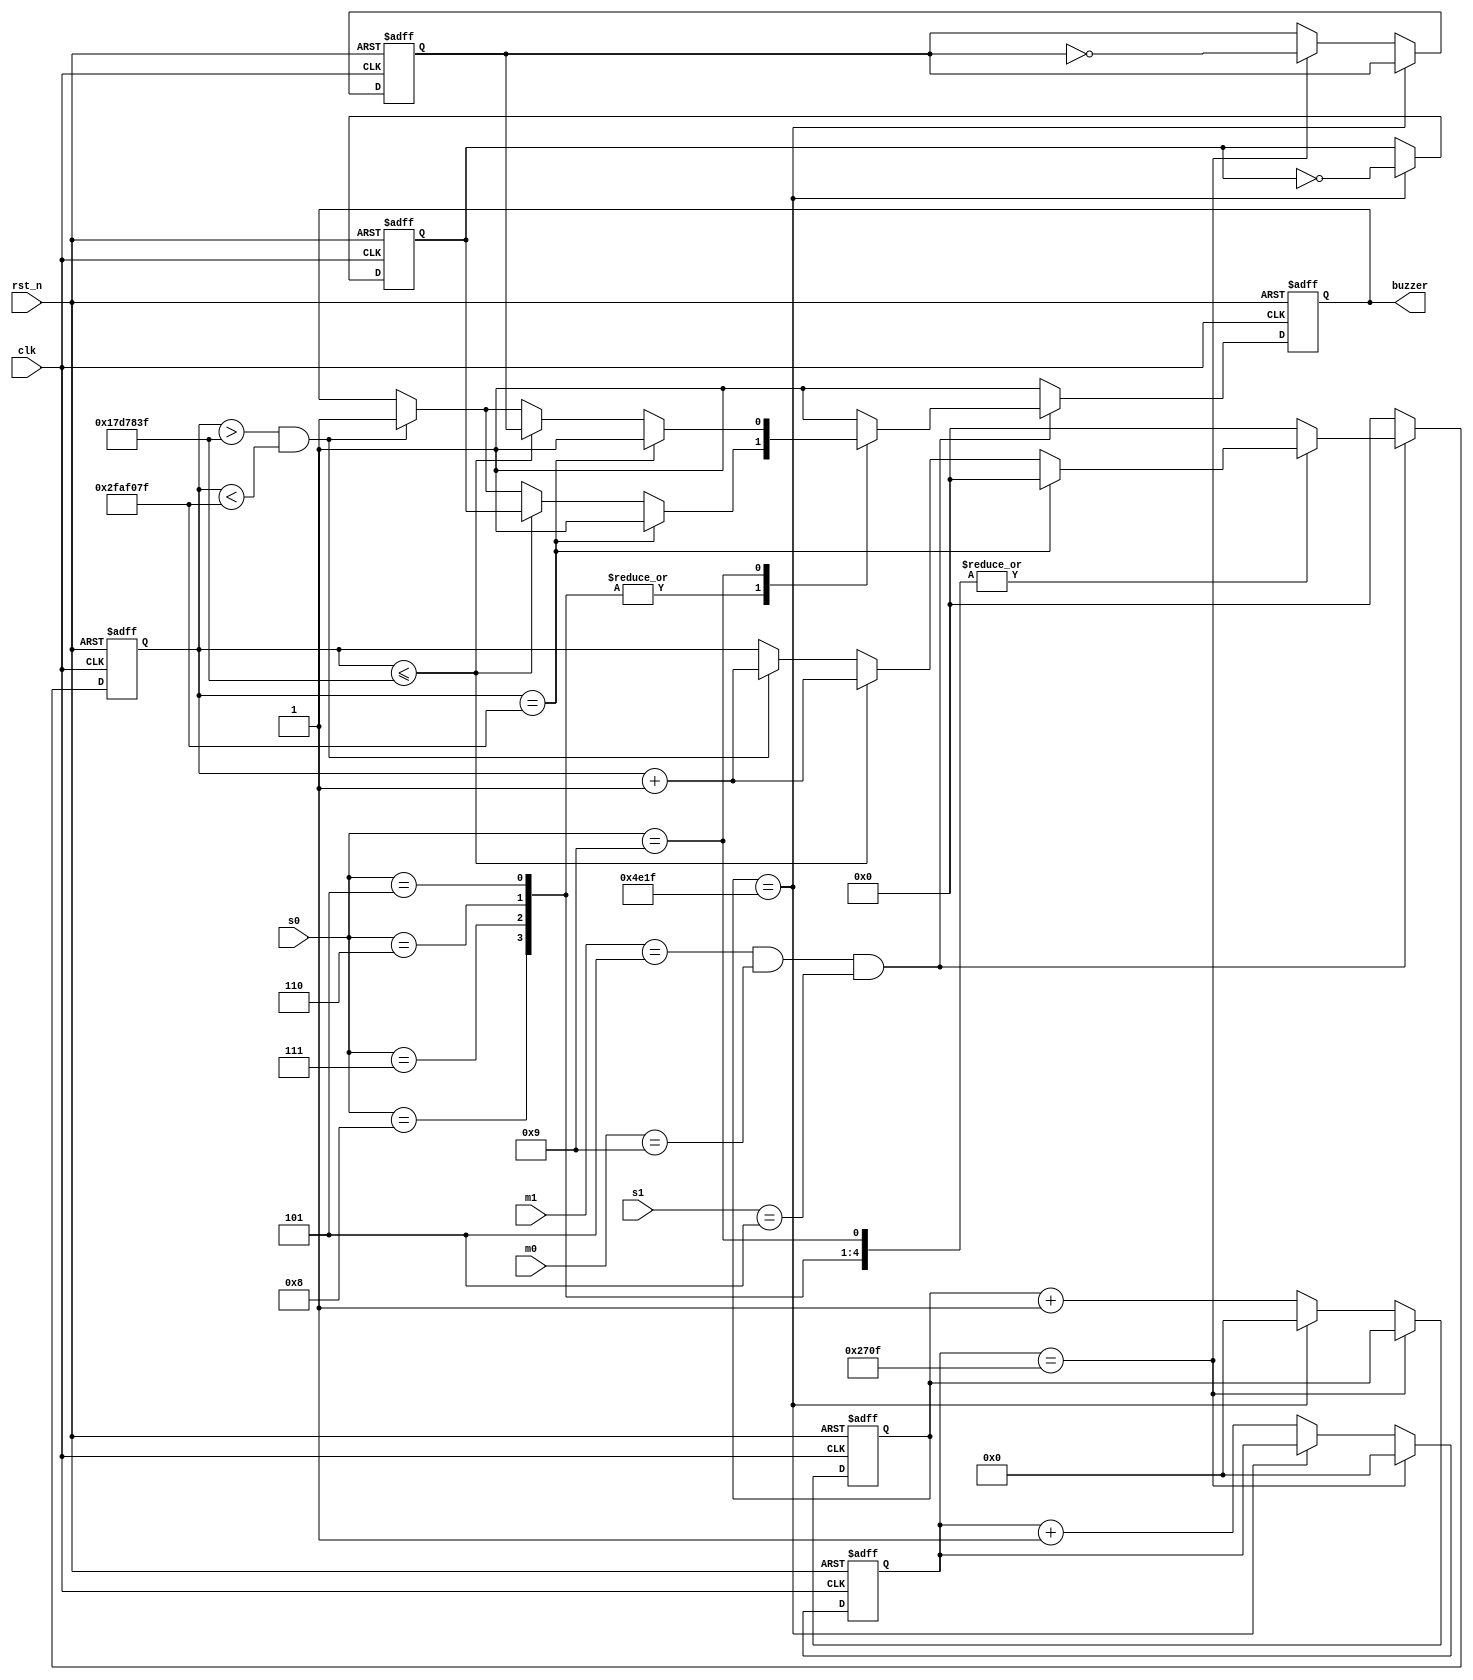
module buzzer_module(
	input clk,
	input rst_n,
	input[3:0] s0,
	input[3:0] s1,
	input[3:0] m0,
	input[3:0] m1,

	output reg buzzer
	);

reg[16:0] cnt_high;
reg[16:0] cnt_low;
reg low_voice;
reg high_voice;
reg[26:0] buzzer_time;

parameter	PERIOD_high = 9999,
			PERIOD_low = 1_9999;
always @(posedge clk or negedge rst_n) begin
	if (!rst_n) begin
		// reset
		cnt_high <= 17'd0;
		cnt_low <= 17'd0;
	end
	else if (cnt_high == PERIOD_high) 
		cnt_high <= 17'd0;
	else if (cnt_low == PERIOD_low) 
		cnt_low <= 17'd0;
	else begin
		cnt_high <= cnt_high + 1'b1;
		cnt_low <= cnt_low + 1'b1;
	end
end

always @(posedge clk or negedge rst_n) begin
	if (!rst_n) begin
		// reset
		high_voice <= 1'b0;
		low_voice <= 1'b0;
	end
	else if (cnt_low == PERIOD_low) 
		low_voice <= ~low_voice;
	else if (cnt_high == PERIOD_high) 
		high_voice <= ~high_voice;
	
	else ;
end

always @(posedge clk or negedge rst_n) begin
	if (!rst_n) begin
		// reset
		buzzer_time <= 27'd0;
		buzzer <= 1'b1;
	end
	else if (m1 == 4'd5 && m0 == 4'd9 && s1 == 4'd5) begin
		case(s0)
			5,6,7,8:begin
				if(buzzer_time == 27'd4999_9999)begin
					buzzer_time <= 27'd0;
					buzzer <= 1'b1;
				end
				else if (buzzer_time <= 27'd2499_9999)begin
					buzzer <= low_voice;
					buzzer_time <= buzzer_time + 1'b1;
				end
				else if (buzzer_time > 27'd2499_9999 && buzzer_time < 27'd4999_9999)begin
					buzzer <= 1'b1;
					buzzer_time <= buzzer_time + 1'b1;
				end
			end
			9: begin
				if(buzzer_time == 27'd4999_9999)begin
					buzzer_time <= 27'd0;
					buzzer <= 1'b1;
				end
				else if (buzzer_time <= 27'd2499_9999)begin
					buzzer <= high_voice;
					buzzer_time <= buzzer_time + 1'b1;
				end
				else if (buzzer_time > 27'd2499_9999 && buzzer_time < 27'd4999_9999)begin
					buzzer <= 1'b1;
					buzzer_time <= buzzer_time + 1'b1;
				end
			end
			default : begin
				buzzer_time <= 27'd0;
				buzzer <= 1'b1;
			end
		endcase
	end
	
	else begin
		buzzer_time <= 27'd0;
		buzzer <= 1'b1;
	end;
end
endmodule